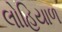
લોહિયાળ